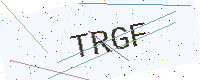
Text: TRGF